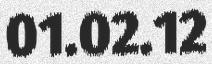
01.02.12